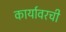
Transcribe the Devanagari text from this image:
कार्यावरची